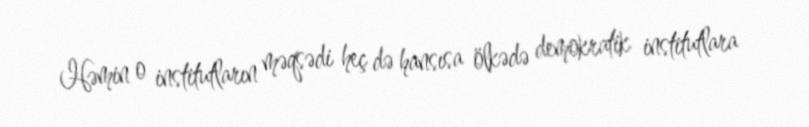
Həmin o institutların məqsədi heç də hansısa ölkədə demokratik institutlara